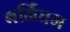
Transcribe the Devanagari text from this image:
बर्निंघम